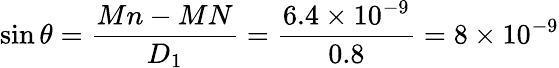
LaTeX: \sin\theta=\frac{Mn-MN}{D_{1}}=\frac{6.4\times 10^{-9}}{0.8}=8\times 10^{-9}